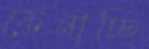
ফেনাচ্ছি